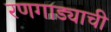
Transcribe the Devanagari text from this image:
रणगाड्याची